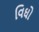
વિઘો